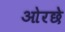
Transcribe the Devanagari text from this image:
ओरछे